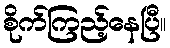
စိုက်ကြည့်နေပြီ။